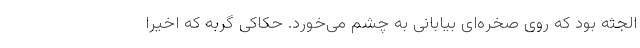
الجثه بود که روی صخره‌ای بیابانی به چشم می‌خورد. حکاکی گربه که اخیراً